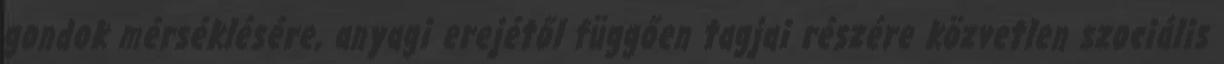
gondok mérséklésére, anyagi erejétől függően tagjai részére közvetlen szociális